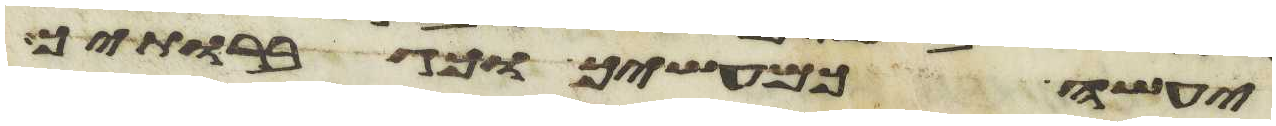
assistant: יעשה כמעשיך וכגבורתיך